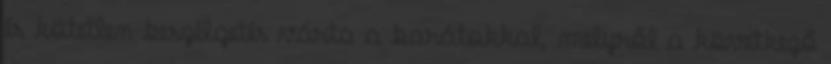
és kötetlen beszélgetés várta a barátokkal, melyről a következő